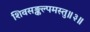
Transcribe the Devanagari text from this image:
शिवसङ्कल्पमस्तु॥३॥